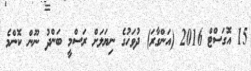
15 އޮގަސްޓް 2016 (އަންގާރަ) ދުވަހުގެ ނިޔަލަށް ރަސްމީ ބަންދު ނޫން ކޮންމެ